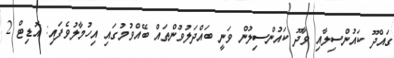
ގައްދޫ ކައުންސިލާއި ވާދޫ ކައުންސިލުން ވަނީ ބައްދަލުވުންތައް ބޭއްވުމުގައި އިހުމާލުވެފައި: އޮޑިޓް 2